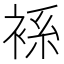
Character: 𧚃